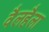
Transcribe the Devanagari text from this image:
वैलहैला